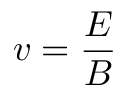
v = { \frac { E } { B } }